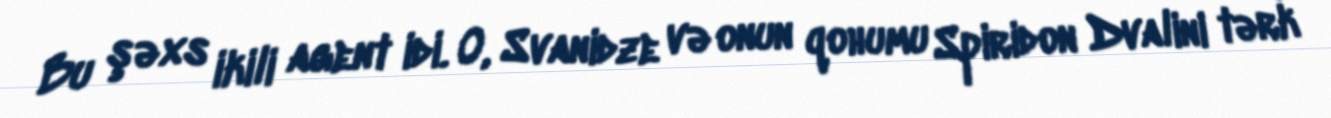
Bu şəxs ikili agent idi. O, Svanidze və onun qohumu Spiridon Dvalini tərk